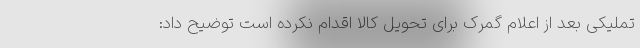
تملیکی بعد از اعلام گمرک برای تحویل کالا اقدام نکرده است توضیح داد: